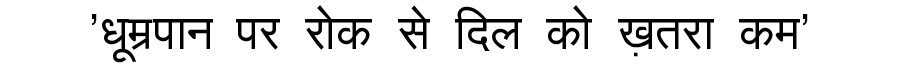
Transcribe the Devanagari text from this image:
'धूम्रपान पर रोक से दिल को ख़तरा कम'